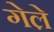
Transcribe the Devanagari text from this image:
गेले़